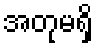
အတုမရှိ